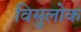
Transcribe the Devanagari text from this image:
विसुलोक